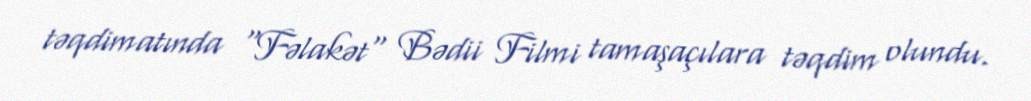
təqdimatında "Fəlakət" Bədii Filmi tamaşaçılara təqdim olundu.